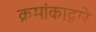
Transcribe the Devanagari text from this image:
क्रमांकाद्वारे